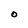
Character: O